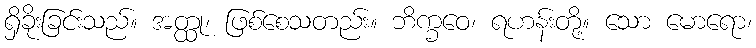
ရှိခိုးခြင်းသည်။ အတ္ထု၊ ဖြစ်စေသတည်း။ ဘိက္ခဝေ၊ ရဟန်းတို့။ သော မောရော၊